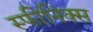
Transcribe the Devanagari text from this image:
स्फीनिक्स